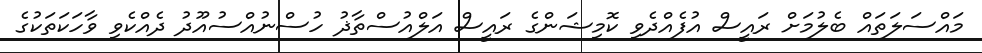
މައްސަލަތައް ބެލުމަށް ރައީސް އުފެއްދެވި ކޮމިޝަންގެ ރައީސް އަލްއުސްތާޛު ހުސްނުއްސުއޫދު ދެއްކެވި ވާހަކަތަކުގެ